Civil Veterinary Dept. Bombay admin report 1914-1922 - 1914-1922
Year: 1914
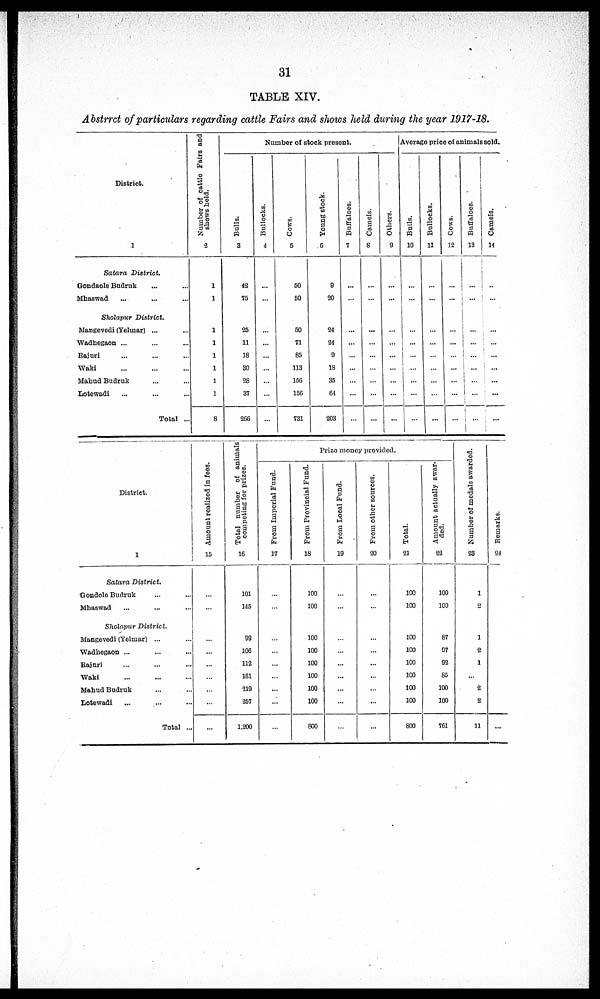
31
TABLE XIV.
Abstract of particulars regarding cattle Fairs and shows held during the year 1917-18.
District.
1
Satara
District.
Gondaole Budruk ... ...
Mhaswad ... ...
Sholapur
District.
Mangevedi (Yelmar) ... ...
Wadhegaon ... ... ...
Rajuri ... ... ...
Waki ... ... ..
Mahud Budruk ... ...
Lotewadi ... ... ...
Total ...
Nu mb e r of cattle Fairs and
shows hel d.
2
1
1
1
1
1
1
1
1
8
Number of stock present.
Bulls.
3
42
75
25
11
18
30
28
37
266
Bullocks.
4
...
...
...
...
...
...
...
...
...
Cows.
5
50
50
50
71
85
113
156
156
731
Young stock.
6
9
20
24
24
9
18
35
64
203
Buffaloes.
7
...
...
...
...
...
...
...
...
...
Camels.
8
...
...
...
...
...
...
...
...
...
Others.
9
...
...
...
...
...
...
...
...
...
Average of stock present.
Bulls.
10
...
...
...
...
...
...
...
...
...
Bullocks.
11
...
...
...
...
...
...
...
...
...
Cows.
12
...
...
...
...
...
...
...
...
...
Buffaloes.
13
...
...
...
...
...
...
...
...
...
Camels.
14
...
...
...
...
...
...
...
...
...
District.
1
Satara
District.
Gondole Budruk ... ...
Mhaswad ... ... ...
Sholapur
District.
Mangevedi (Yelmar) ... ...
Wadhegaon ... ... ...
Rajuri ... ... ...
Waki ... ... ...
Mahud Budruk ... ...
Lotewadi ... ... ...
Total ...
Amo u n t r eal i zed in f ees.
15
...
...
...
...
...
...
...
...
...
Total number of animals;
competing for prizes.
16
101
145
99
106
112
161
219
257
1,200
Prize money provided.
From Imperial Fund.
17
....
....
....
....
....
....
....
....
....
From Provincial Fund.
18
100
100
100
100
100
100
100
100
800
From Local Fund.
19
....
....
....
....
....
...
....
....
....
From other sources.
20
....
....
....
....
...
....
....
...
....
Total.
21
100
100
100
100
100
100
100
100
800
Amount actually awar-
ded.
22
100
100
87
97
92
85
100
100
761
Number of medals awarded.
23
1
2
1
2
1
....
2
2
11
Remarks.
24
...